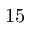
1 5